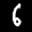
Label: 6